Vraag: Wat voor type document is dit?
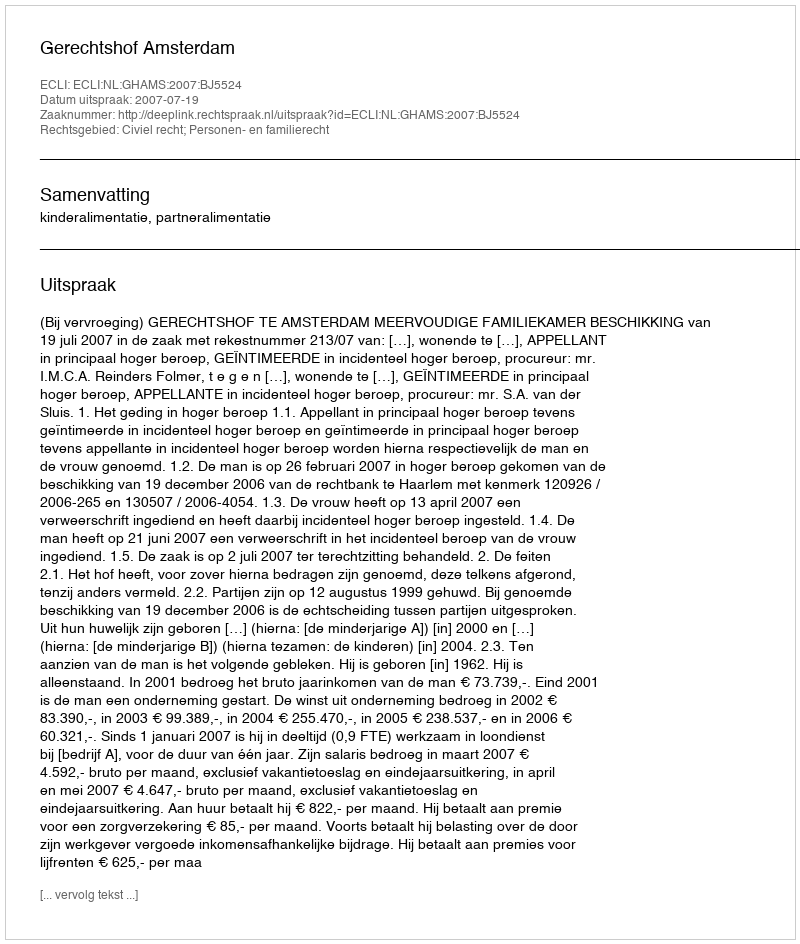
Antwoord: Uitspraak